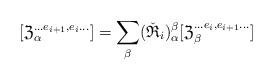
LaTeX: \begin{align*}[\mathfrak Z^{\ldots e_{i+1},e_{i}\ldots}_\alpha]=\sum_\beta(\check {\mathfrak R}_i)_{\alpha}^{\beta} [\mathfrak Z^{\ldots e_{i},e_{i+1}\ldots}_\beta]\end{align*}